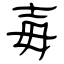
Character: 毐